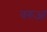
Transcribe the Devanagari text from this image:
वरुआ